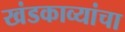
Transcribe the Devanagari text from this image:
खंडकाव्यांचा